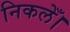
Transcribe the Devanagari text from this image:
निकलेँ।